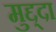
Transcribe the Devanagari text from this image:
मुद्द्दा